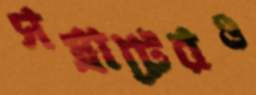
সম্রাটেরও